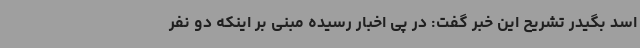
اسد بگیدر تشریح این خبر گفت: در پی اخبار رسیده مبنی بر اینکه دو نفر